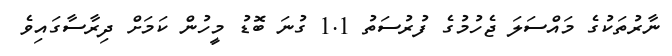
ނާރުތަކުގެ މައްސަލަ ޖެހުމުގެ ފުރުސަތު 1.1 ގުނަ ބޮޑު މީހުން ކަމަށް ދިރާސާގައިވެ